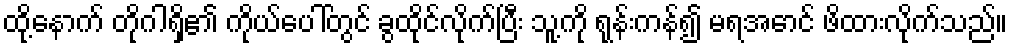
ထို့နောက် တိုဂါရှိ၏ ကိုယ်ပေါ်တွင် ခွထိုင်လိုက်ပြီး သူ့ကို ရုန်းကန်၍ မရအောင် ဖိထားလိုက်သည်။